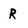
Character: r